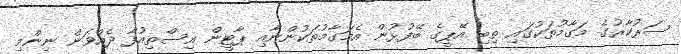
ސަރުކާރުގެ މަގާމުތަކުގައި ތިބި އޭޕީގެ ބޭފުޅުން އެމަގާމުތަކުންނާއި ޕާޓީން އިސްތިއުފާ ދެއްވަން ނިންމި